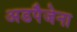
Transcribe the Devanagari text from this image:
अडपैजेना